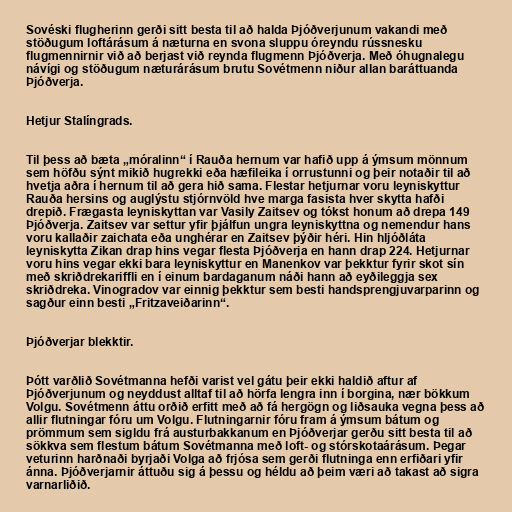
Sovéski flugherinn gerði sitt besta til að halda Þjóðverjunum vakandi með
stöðugum loftárásum á næturna en svona sluppu óreyndu rússnesku
flugmennirnir við að berjast við reynda flugmenn Þjóðverja. Með óhugnalegu
návígi og stöðugum næturárásum brutu Sovétmenn niður allan baráttuanda
Þjóðverja.

Hetjur Stalíngrads.

Til þess að bæta „móralinn“ í Rauða hernum var hafið upp á ýmsum mönnum
sem höfðu sýnt mikið hugrekki eða hæfileika í orrustunni og þeir notaðir til að
hvetja aðra í hernum til að gera hið sama. Flestar hetjurnar voru leyniskyttur
Rauða hersins og auglýstu stjórnvöld hve marga fasista hver skytta hafði
drepið. Frægasta leyniskyttan var Vasily Zaitsev og tókst honum að drepa 149
Þjóðverja. Zaitsev var settur yfir þjálfun ungra leyniskyttna og nemendur hans
voru kallaðir zaichata eða unghérar en Zaitsev þýðir héri. Hin hljóðláta
leyniskytta Zikan drap hins vegar flesta Þjóðverja en hann drap 224. Hetjurnar
voru hins vegar ekki bara leyniskyttur en Manenkov var þekktur fyrir skot sín
með skriðdrekariffli en í einum bardaganum náði hann að eyðileggja sex
skriðdreka. Vinogradov var einnig þekktur sem besti handsprengjuvarparinn og
sagður einn besti „Fritzaveiðarinn“.

Þjóðverjar blekktir.

Þótt varðlið Sovétmanna hefði varist vel gátu þeir ekki haldið aftur af
Þjóðverjunum og neyddust alltaf til að hörfa lengra inn í borgina, nær bökkum
Volgu. Sovétmenn áttu orðið erfitt með að fá hergögn og liðsauka vegna þess að
allir flutningar fóru um Volgu. Flutningarnir fóru fram á ýmsum bátum og
prömmum sem sigldu frá austurbakkanum en Þjóðverjar gerðu sitt besta til að
sökkva sem flestum bátum Sovétmanna með loft- og stórskotaárásum. Þegar
veturinn harðnaði byrjaði Volga að frjósa sem gerði flutninga enn erfiðari yfir
ánna. Þjóðverjarnir áttuðu sig á þessu og héldu að þeim væri að takast að sigra
varnarliðið.